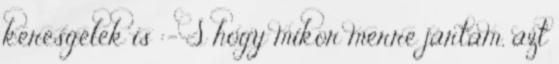
keresgélek is :- S hogy mikor merre jártam, azt